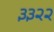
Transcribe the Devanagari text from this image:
३३२२